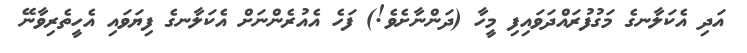
އަދި އެކަލާނގެ މަގުފުރައްދަވައިފި މީހާ (ދަންނާށެވެ!) ފަހެ އެއުރެންނަށް އެކަލާނގެ ފިޔަވައި އެހީތެރިވާނޭ